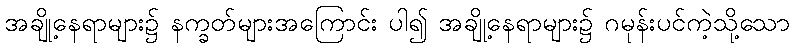
အချို့နေရာများ၌ နက္ခတ်များအကြောင်း ပါ၍ အချို့နေရာများ၌ ဂမုန်းပင်ကဲ့သို့သော